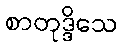
စာတုဒ္ဒိသေ